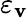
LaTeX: \varepsilon_{\mathbf{v}}